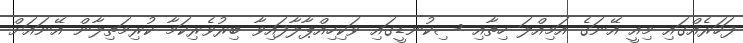
ފަހަރެއްގައި މިއީ އޭނަގެ އަމިއްލަ ހިތާއި ސިކުނޑީގައި ވަކިހިއްޕާލާފައިވާ ބިރުވެރިކަމާ ކުރިމަތިލާން އޭނައަށް